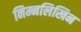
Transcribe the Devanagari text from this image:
निम्नलिखिन